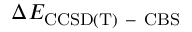
\Delta E _ { \mathrm { C C S D ( T ) \mathrm { ~ - ~ } C B S } }